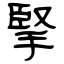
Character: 掔